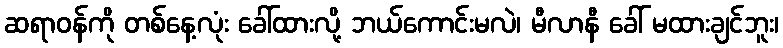
ဆရာဝန်ကို တစ်နေ့လုံး ခေါ်ထားလို့ ဘယ်ကောင်းမလဲ၊ မီလာနီ ခေါ် မထားချင်ဘူး၊